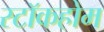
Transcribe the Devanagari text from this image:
स्टाॅकहोम